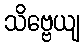
သိဗ္ဗေယျ